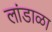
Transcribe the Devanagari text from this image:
लांडाळा